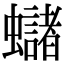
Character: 蠩